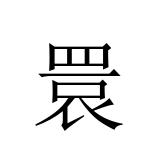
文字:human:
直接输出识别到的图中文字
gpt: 睘